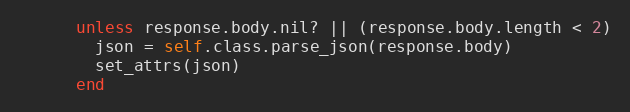
Language: Ruby
      unless response.body.nil? || (response.body.length < 2)
        json = self.class.parse_json(response.body)
        set_attrs(json)
      end